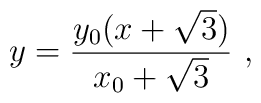
y = \frac{y_0(x+\sqrt{3})}{x_0+\sqrt{3}}\ ,